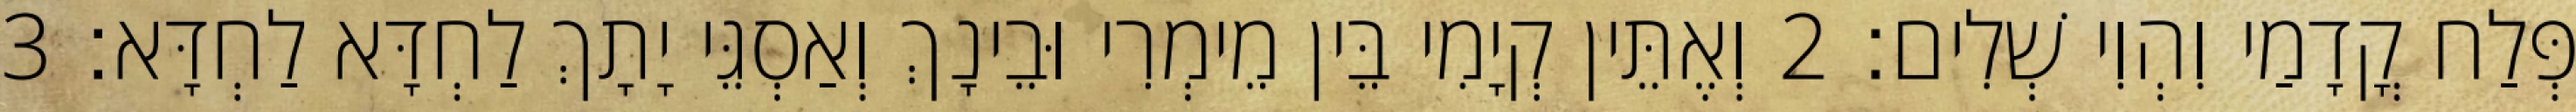
פְּלַח קֳדָמַי וִהְוִי שְׁלִים׃ 2 וְאֶתֵּין קְיָמִי בֵּין מֵימְרִי וּבֵינָךְ וְאַסְגֵּי יָתָךְ לַחְדָּא לַחְדָּא׃ 3